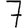
Digit: 7